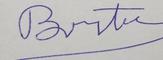
Signature authenticity: forged